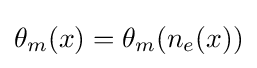
\theta _{m}(x)=\theta _{m}(n_{e}(x))